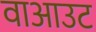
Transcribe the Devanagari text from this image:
वाआउट